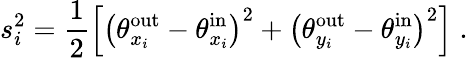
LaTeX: s_{i}^{2}=\frac{1}{2}\left[\left(\theta_{x_{i}}^{\mathrm{out}}-\theta_{x_{i}}^{\mathrm{in}}\right)^{2}+\left(\theta_{y_{i}}^{\mathrm{out}}-\theta_{y_{i}}^{\mathrm{in}}\right)^{2}\right]\; .